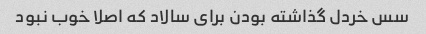
سس خردل گذاشته بودن برای سالاد که اصلا خوب نبود